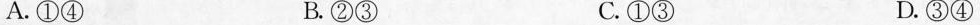
A.①④ B.②③ C.①③ D.③④